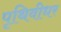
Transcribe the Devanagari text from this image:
पृथिवीधर